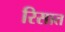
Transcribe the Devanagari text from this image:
रिसात